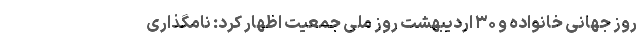
روز جهانی خانواده و ۳۰ اردیبهشت روز ملی جمعیت اظهار کرد: نامگذاری